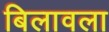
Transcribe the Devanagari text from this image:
बिलावला